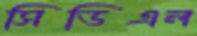
সিডিএল